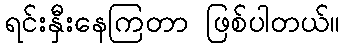
ရင်းနှီးနေကြတာ ဖြစ်ပါတယ်။